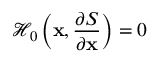
\mathcal { H } _ { 0 } \left( \mathbf { x } , \frac { \partial S } { \partial \mathbf { x } } \right) = 0